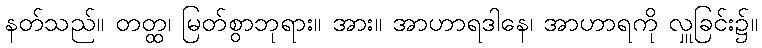
နတ်သည်။ တတ္ထ၊ မြတ်စွာဘုရား။ အား။ အာဟာရဒါနေ၊ အာဟာရကို လှူခြင်း၌။